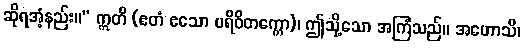
ဆိုရအံ့နည်း။” ဣတိ (ဧတံ ဧသော ပရိဝိတက္ကော)၊ ဤသို့သော အကြံသည်။ အဟောသိ၊